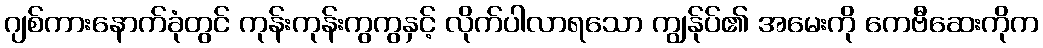
ဂျစ်ကားနောက်ခုံတွင် ကုန်းကုန်းကွကွနှင့် လိုက်ပါလာရသော ကျွန်ုပ်၏ အမေးကို ကေဗီဆေးကိုက